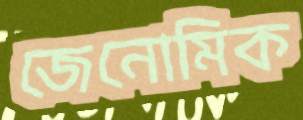
জেনোমিক